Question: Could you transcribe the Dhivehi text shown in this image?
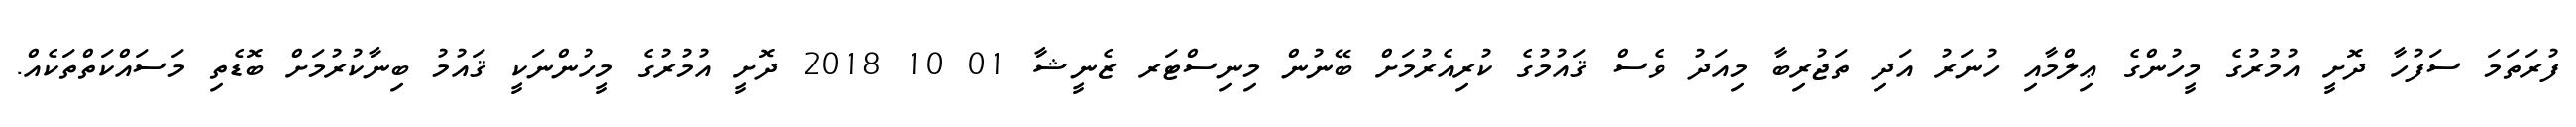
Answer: ފުރަތަމަ ސަފުހާ ދޮށީ އުމުރުގެ މީހުންގެ ޢިލްމާއި ހުނަރު އަދި ތަޖުރިބާ މިއަދު ވެސް ޤައުމުގެ ކުރިއެރުމަށް ބޭނުން މިނިސްޓަރ ޒެނީޝާ 01 10 2018 ދޮށީ އުމުރުގެ މީހުންނަކީ ޤައުމު ބިނާކުރުމަށް ބޮޑެތި މަސައްކަތްތަކެއް.